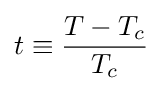
t\equiv {\frac {T-T_{c}}{T_{c}}}